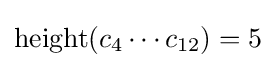
\operatorname {height} (c_{4}\cdots c_{12})=5